Medical and sanitary report of the native army of Bengal for the year
Year: 1877
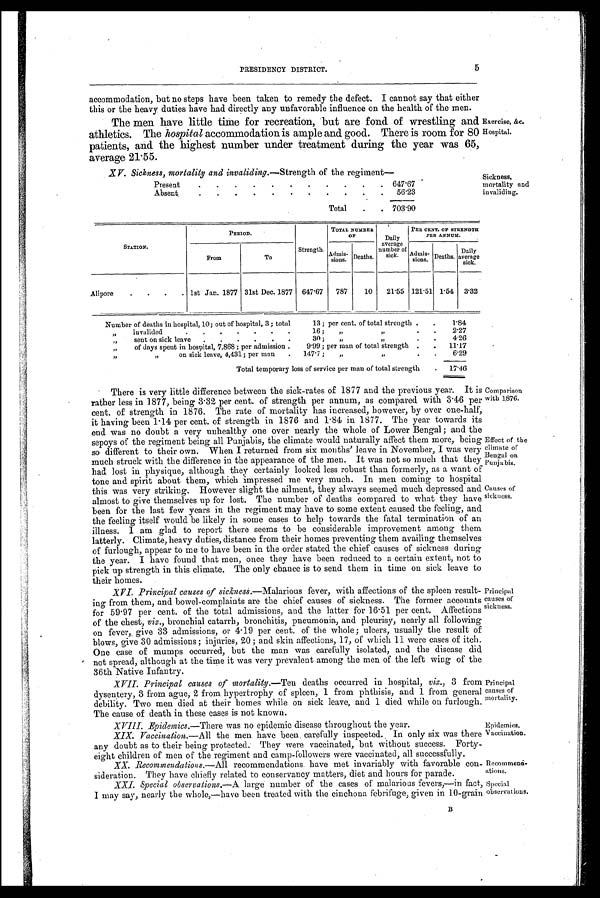
Comparison
with 1.876.
Effect of the
climate of
Bengal on
Punjabis.
Causes of
sickness.
Principal
muses of
dckness.
Principal
muses of
no r tali v.
Epidemics.
Vaccination.
Recommend-
ttions.
Special
)hservat ions.
5
PRESIDENCY DISTRICT.
accommodation, but no steps have been taken to remedy the defect. I cannot say that either
this or the heavy duties have had directly any unfavorable influence on the health of the men.
The men have little time for recreation, but are fond of wrestling and
athletics. The hospital accommodation is ample and good. There is room for 80
patients, and the highest number under treatment during the year was 65,
average 21.55.
Exercise, &c.
Hospital.
XV. Sickness, mortality and invaliding.— Strength of the regiment-
Present
6 4 7 . 6 7
Absent
5 6 . 2 3
Total
7 0 3 . 9 0
Sickness,
mortality and
invaliding.
STATION.
PERIOD.
Strength.
TOTAL NUMBER OF
PER CENT. OF STRENGTH PER ANNUM.
From
To
Admissions. Deaths.
Dai l y aver age numbder of si ck.
Admissions. Deaths.
Dai l y aver age si ck.
Alipore
1st Jan. 1877
31st Dec. 1877
647.67
787
10
21.55 121.51 1.54
3.32
Number of deaths in hospital, 10; out of hospital, 3; total
13; per cent of total strength
1 . 8 4
, , i n v a l i d e d
16; ,, ,,
2 . 2 7
, , s e n t o n s i c k l e a v e
3 0 ; , , , ,
4 . 2 6
,, of days spent in hopspital, 7,868; per admission
9.99; per man of total strength
1 1 . 1 7
,, ,, on sick leave, 4,431; per man
147.7; ,, ,,
6 . 2 9
T o t a l t e m p o r a r y l o s s o f s e r v i c e p e r m a n o f t o t a l s t r e n g t h
1 7 . 4 6
• There is very little difference between the sick-rates of 1877 and the previous year. It is
rather less in 1877, being 3-32 per cent. of strength per annum, as compared with 3.46 per
cent. of strength in 1876. The rate of mortality has increased, however, by over one-half,
it having been 1.14 per cent. of strength in 1876 and 1.84 in 1877. The year towards its
end was no doubt a very unhealthy one over nearly the whole of Lower Bengal ; and the
sepoys of the regiment being all Punjabis, the climate would naturally affect them more, being
so different to their own. When I returned from six months' leave in November, I was very
much struck with the difference in the appearance of the men. It was not so much that they
had lost in physique, although they certainly looked less robust than formerly, as a want of
tone and spirit about them, which impressed me very much. In men coming to hospital
this was very striking. However slight the ailment, they always seemed much depressed and
almost to give themselves up for lost. The number of deaths compared to what they have
been for the last few years in the regiment may have to some extent caused the feeling, and
the feeling itself would be likely in some cases to help towards the fatal termination of an
illness. I am glad to report there seems to be considerable improvement among them
latterly. Climate, heavy duties, distance from their homes preventing them availing themselves
of furlough, appear to me to have been in the order stated the chief causes of sickness during
the year. I have found that men, once they have been reduced to a certain extent, not to
pick up strength in this climate. The only chance is to send them in time on sick leave to
their homes.
XVI. Principal causes of sickness.—Malarious fever, with affections of the spleen result
-ing from them, and bowel-complaints are the chief causes of sickness. The former accounts
for 59.97 per cent. of the total admissions, and the latter for 16.51 per cent. Affections
of the chest, viz., bronchial catarrh, bronchitis, pneumonia, and pleurisy, nearly all following
on fever, give 33 admissions, or 4.19 per cent. of the whole; ulcers, usually the result of
blows, give 30 admissions ; injuries, 20; and skin affections, 17, of which 11 were cases of itch.
One case of mumps occurred, but the man was carefully isolated, and the disease did
not spread, although at the time it was very prevalent among the men of the left wing of the
36th Native Infantry.
XVII. Principal causes of mortality.—Ten deaths occurred in hospital, viz., 3 from
dysentery, 3 from ague, 2 from hypertrophy of spleen, 1 from phthisis, and 1 from general
debility. Two men died at their homes while on sick leave, and 1 died while on furlough.
The cause of death in these cases is not known.
XVIII. Epidemics.—There was no epidemic disease throughout the year.
XIX. Vaccination.— All the men have been carefully inspected. In only six was there
any doubt as to their being protected. They were vaccinated, but without success. Forty-
eight children of men of the regiment and camp-followers were vaccinated, all successfully.
XX. Recommendations.—All recommendations have met invariably with favorable con-
sideration. They have chiefly related to conservancy matters, diet and hours for parade.
XXI. Special observations.— A large number of the cases of malaria us fevers,—in fact,
I may say, nearly the whole,—have been treated with the cinchona febrifuge, given in 10-grain
B